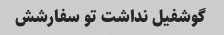
گوشفیل نداشت تو سفارشش